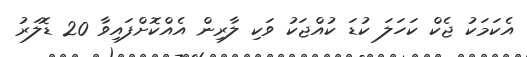
އެކަމަކު ޖެކް ކަހަލަ ކުޑަ ކުއްޖަކު ވަކި ލާރިން އެއްކޮށްފައިވާ 20 ޑޮލަރު